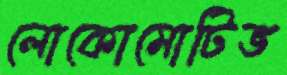
লোকোমোটিভ